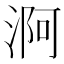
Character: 𣶰